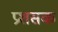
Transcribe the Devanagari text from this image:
प्रशसक